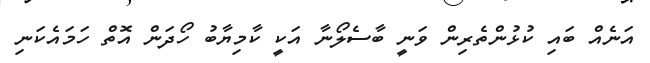
އަނެއް ބައި ކުޅުންތެރިން ވަނީ ބާސެލޯނާ އަކީ ކާމިޔާބު ހޯދަން އޮތް ހަމައެކަނި